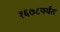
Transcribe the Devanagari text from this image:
१६७८पर्यंत